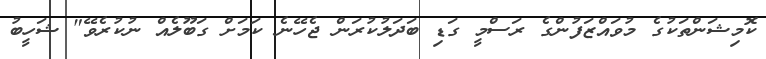
ކޮމިޝަންތަކުގެ މުވައްޒަފުންގެ ރަސްމީ ގަޑި ބަދަލުކުރަން ޖެހޭނެ ކަމަށް ގަބޫލެއް ނުކުރެވޭ" ޝަހީބު